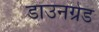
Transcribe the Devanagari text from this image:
डाउनग्रेड